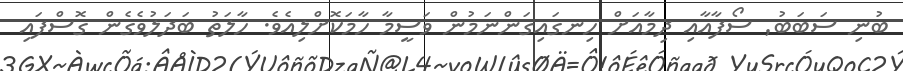
ބުނި ސަބަބު